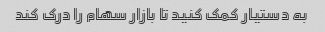
به دستیار کمک کنید تا بازار سهام را درک کند